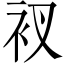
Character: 衩